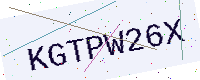
Text: KGTPW26X